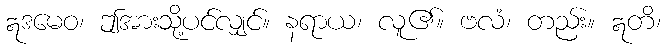
ဣဒမေဝ၊ ဤအားသို့ပင်လျှင်။ နရာယ၊ လူ၏။ ဗလံ၊ တည်း။ ဣတိ၊